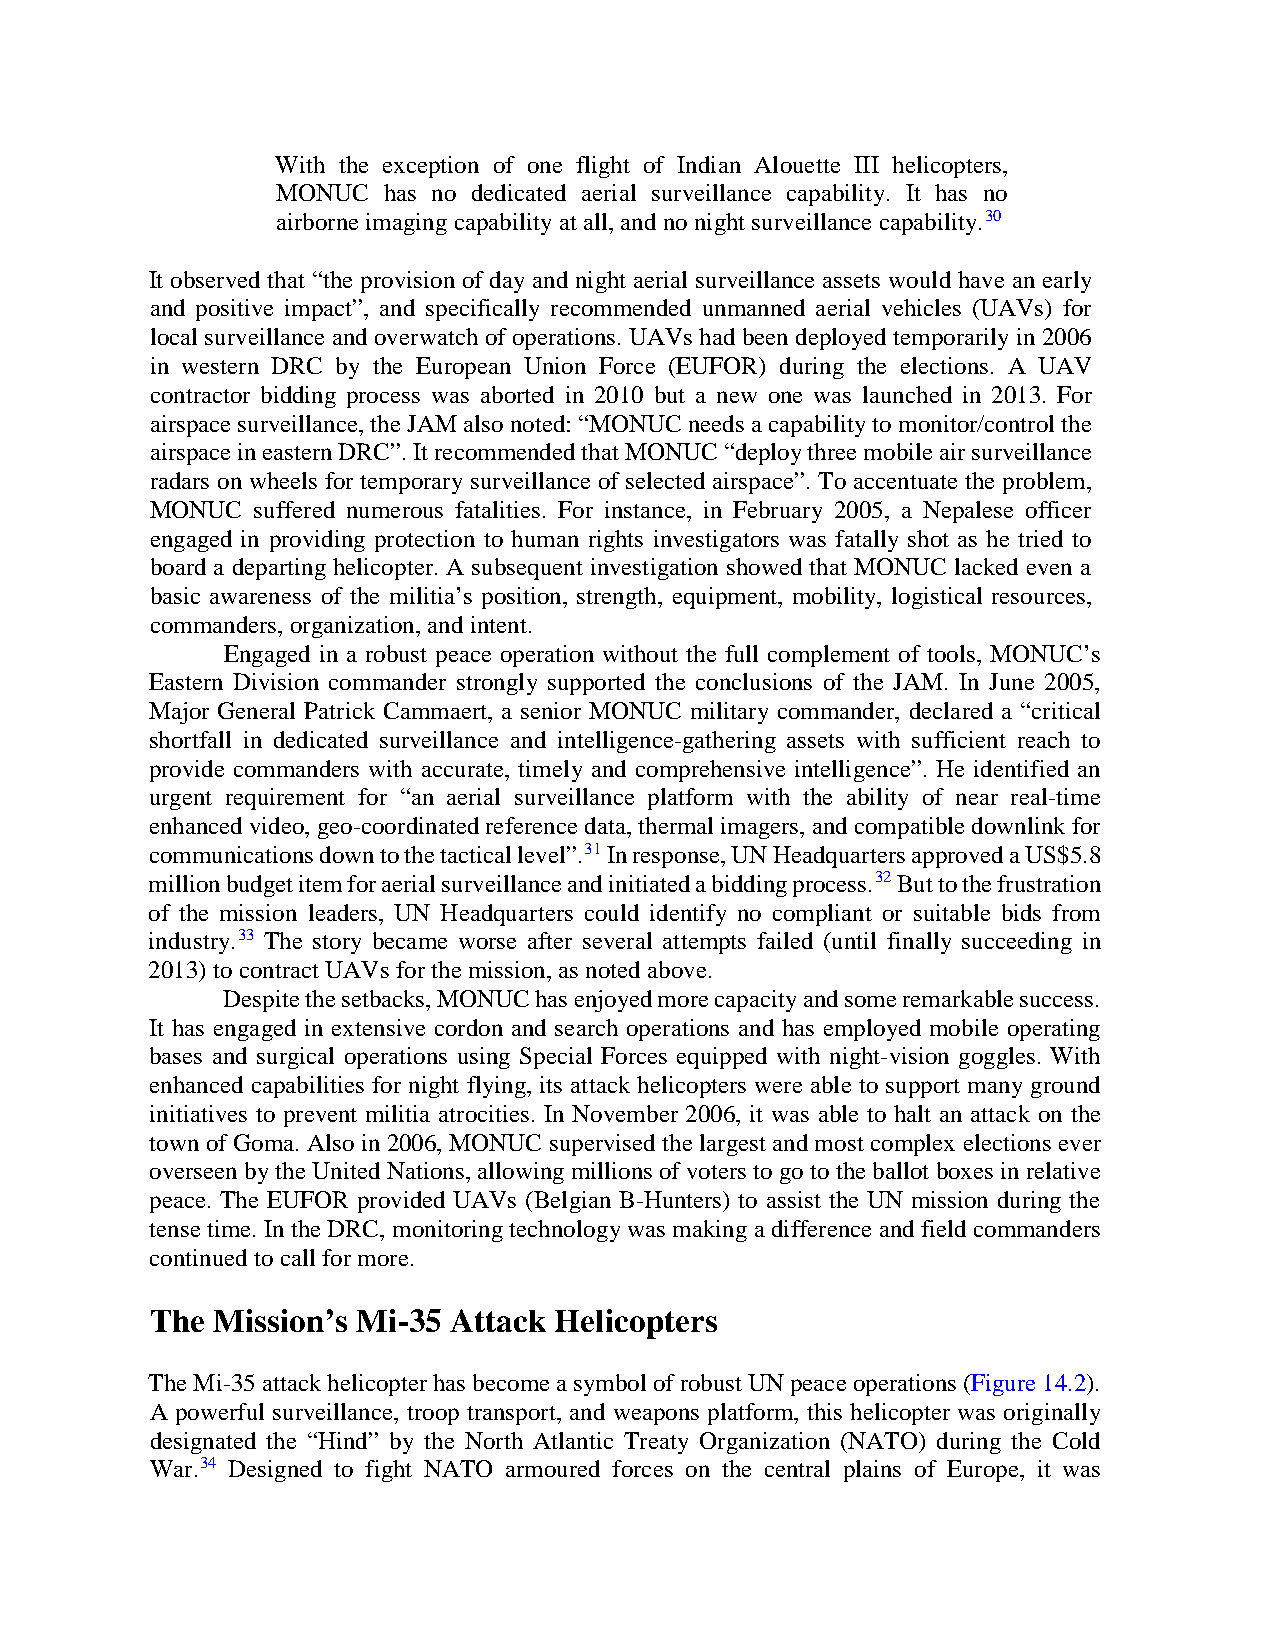
With the exception of one flight of Indian Alouette III helicopters,
 MONUC  has no dedicated aerial surveillance capability. It has no
 airborne imaging capability at all, and no night surveillance capability.30
 It observed that “the provision of day and night aerial surveillance assets would have an early
 and positive impact”, and specifically recommended unmanned aerial vehicles (UAVs) for
 local surveillance and overwatch of operations. UAVs had been deployed temporarily in 2006
 in western DRC by the European Union Force (EUFOR) during the elections. A UAV
 contractor bidding process was aborted in 2010 but a new one was launched in 2013. For
 airspace surveillance, the JAM also noted: “MONUC needs a capability to monitor/control the
 airspace in eastern DRC”. It recommended that MONUC “deploy three mobile air surveillance
 radars on wheels for temporary surveillance of selected airspace”. To accentuate the problem,
 MONUC  suffered numerous fatalities. For instance, in February 2005, a Nepalese officer
 engaged in providing protection to human rights investigators was fatally shot as he tried to
 board a departing helicopter. A subsequent investigation showed that MONUC lacked even a
 basic awareness of the militia’s position, strength, equipment, mobility, logistical resources,
 commanders, organization, and intent.
 Engaged in a robust peace operation without the full complement of tools, MONUC’s
 Eastern Division commander strongly supported the conclusions of the JAM. In June 2005,
 Major General Patrick Cammaert, a senior MONUC military commander, declared a “critical
 shortfall in dedicated surveillance and intelligence-gathering assets with sufficient reach to
 provide commanders with accurate, timely and comprehensive intelligence”. He identified an
 urgent requirement for “an aerial surveillance platform with the ability of near real-time
 enhanced video, geo-coordinated reference data, thermal imagers, and compatible downlink for
 communications down to the tactical level”.31 In response, UN Headquarters approved a US$5.8
 million budget item for aerial surveillance and initiated a bidding process.32 But to the frustration
 of the mission leaders, UN Headquarters could identify no compliant or suitable bids from
 industry.33 The story became worse after several attempts failed (until finally succeeding in
 2013) to contract UAVs for the mission, as noted above.
 Despite the setbacks, MONUC has enjoyed more capacity and some remarkable success.
 It has engaged in extensive cordon and search operations and has employed mobile operating
 bases and surgical operations using Special Forces equipped with night-vision goggles. With
 enhanced capabilities for night flying, its attack helicopters were able to support many ground
 initiatives to prevent militia atrocities. In November 2006, it was able to halt an attack on the
 town of Goma. Also in 2006, MONUC supervised the largest and most complex elections ever
 overseen by the United Nations, allowing millions of voters to go to the ballot boxes in relative
 peace. The EUFOR provided UAVs (Belgian B-Hunters) to assist the UN mission during the
 tense time. In the DRC, monitoring technology was making a difference and field commanders
 continued to call for more.
 The Mission’s Mi-35 Attack Helicopters
 The Mi-35 attack helicopter has become a symbol of robust UN peace operations (Figure 14.2).
 A powerful surveillance, troop transport, and weapons platform, this helicopter was originally
 designated the “Hind” by the North Atlantic Treaty Organization (NATO) during the Cold
 War.34 Designed to fight NATO armoured forces on the central plains of Europe, it was